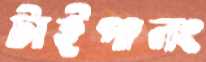
টাইপালং